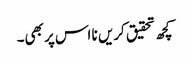
کچھ تحقیق کریں نا اس پر بھی۔